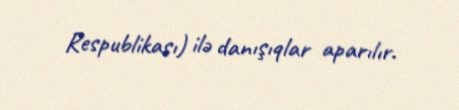
Respublikası) ilə danışıqlar aparılır.